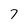
Character: 7